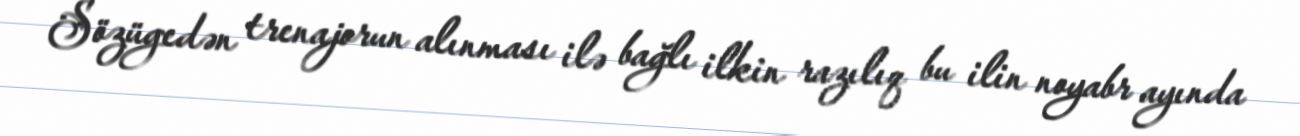
Sözügedən trenajorun alınması ilə bağlı ilkin razılıq bu ilin noyabr ayında